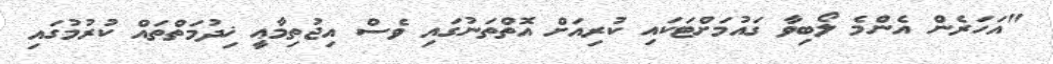
"އަހަރެން އެންމެ ލޯބިވާ ގައުމަށްޓަކައި ކުރިއަށް އޮތްތަނުގައި ވެސް އިޖުތިމާޢީ ޚިދުމަތްތައް ކުރުމުގައި